Civil Veterinary Dept. Bombay admin report 1900-1906 - 1900-1906
Year: 1900
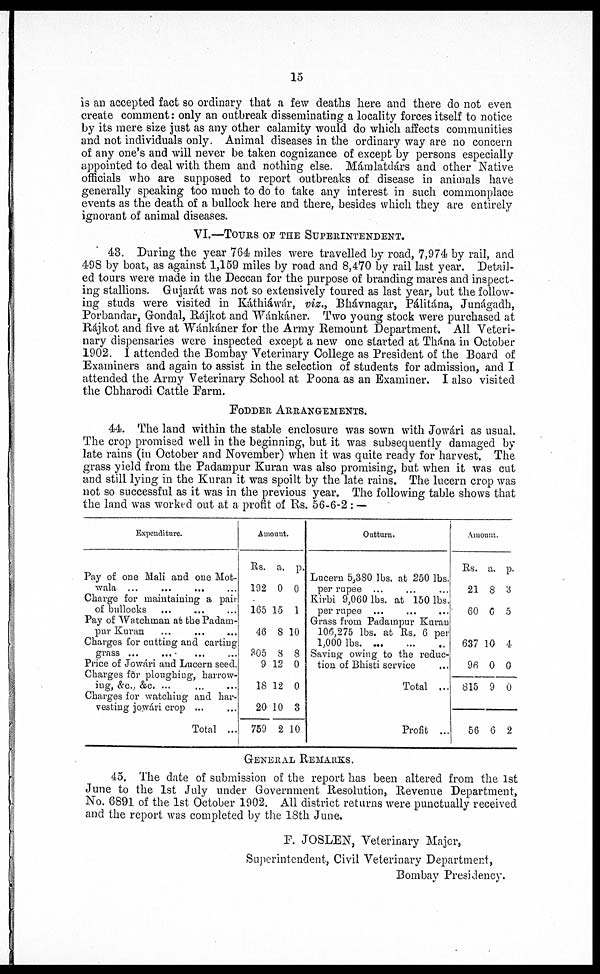
15
is an accepted fact so ordinary that a few deaths here and there do not even
create comment: only an outbreak disseminating a locality forces itself to notice
by its mere size just as any other calamity would do which affects communities
and not individuals only. Animal diseases in the ordinary way are no concern
of any one's and will never be taken cognizance of except by persons especially
appointed to deal with them and nothing else. Mámlatdárs and other Native
officials who are supposed to report outbreaks of disease in animals have
generally speaking too much to do to take any interest in such commonplace
events as the death of a bullock here and there, besides which they are entirely
ignorant of animal diseases.
VI.—TOURS OF THE SUPERINTENDENT.
43. During the year 764 miles were travelled by road, 7,974 by rail, and
498 by boat, as against 1,159 miles by road and 8,470 by rail last year. Detail-
ed tours were made in the Deccan for the purpose of branding mares and inspect-
ing stallions. Gujarát was not so extensively toured as last year, but the follow-
ing studs were visited in Káthiáwár, viz., Bhávnagar, Pálitána, Junágadh,
Porbandar, Gondal, Rájkot and Wánkáner. Two young stock were purchased at
Rájkot and five at Wánkáner for the Army Remount Department. All Veteri-
nary dispensaries were inspected except a new one started at Thána in October
1902. I attended the Bombay Veterinary College as President of the Board of
Examiners and again to assist in the selection of students for admission, and I
attended the Army Veterinary School at Poona as an Examiner. I also visited
the Chharodi Cattle Farm.
FODDER ARRANGEMENTS.
44. The land within the stable enclosure was sown with Jowári as usual.
The crop promised well in the beginning, but it was subsequently damaged by
late rains (in October and November) when it was quite ready for harvest. The
grass yield from the Padampur Kuran was also promising, but when it was cut
and still lying in the Kuran it was spoilt by the late rains. The lucern crop was
not so successful as it was in the previous year. The following table shows that
the land was worked out at a profit of Rs. 56-6-2 : —
Expenditure.
Pay of one Mali and one Mot-
wala ...
...
... …
Charge for maintaining a pair
of bullocks … … …
Pay of Watchman at the Padam-
pur Kuran … … …
Charges for cutting and carting
grass ... … … …
Price of Jowári and Lucern seed.
Charges for ploughing, harrow-
ing, &c., &c. ... … …
Charges for watching and har-
vesting jowári crop ... …
Total ...
Amount.
Rs. a. p.
192 0 0
165 15 1
46 8 10
305 8 8
9 12 0
18 12 0
20 10 3
759 2 10
Outturn.
Lucern 5,380 lbs. at 250 lbs.
per rupee ... … …
Kirbi 9,060 lbs. at 150 lbs.
per rupee ... … …
Grass from Padampur Kuran
106, 275 lbs. at Rs. 6 per
1,000 lbs. … … …
Saving owing to the reduc-
tion of Bhisti service …
Total ...
Profit ...
Amount.
Rs. a. p.
21 8 3
60 6 5
637 10 4
96 0 0
815 9 0
56 6 2
GENERAL REMARKS.
45. The date of submission of the report has been altered from the 1st
June to the 1st July under Government Resolution, Revenue Department,
No. 6891 of the 1st October 1902. All district returns were punctually received
and the report was completed by the 18th June.
P. JOSLEN, Veterinary Major,
Superintendent, Civil Veterinary Department,
Bombay Presidency.